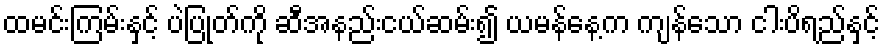
ထမင်းကြမ်းနှင့် ပဲပြုတ်ကို ဆီအနည်းငယ်ဆမ်း၍ ယမန်နေ့က ကျန်သော ငါးပိရည်နှင့်